Civil Veterinary Department. United Provinces 1912-22 - 1912-1922
Year: 1912
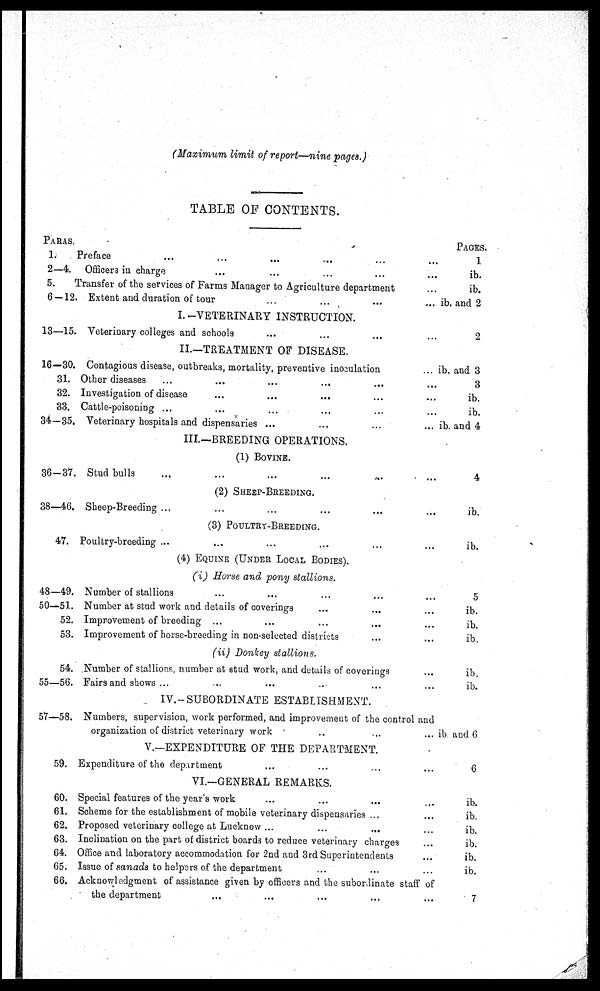
(Maximum limit of report—nine pages.)
TABLE OF CONTENTS.
PARAS.
1.
2—4.
5.
T
6 — 12.
13—15.
16—30.
31.
32.
33.
34—35.
36-37.
38—46.
47.
48—49.
50—51.
52.
53.
54.
55—56.
57—58.
59.
60.
61.
62.
63.
64.
65.
66.
Preface ... ... ... ... ... ...
Officers in charge ... ... ... ... ...
ransfer of the services of Farms Manager to Agriculture department ...
Extent and duration of tour ... ... ... ...
I. -VETERINARY INSTRUCTION.
Veterinary colleges and schools ... ... ... ...
II.—TREATMENT OF DISEASE.
Contagious disease, outbreaks, mortality, preventive inoculation ...
Other diseases ... ... ... ... ... ...
Investigation of disease ... ... ... ...
Cattle-poisoning ... ... ... ... ... ...
Veterinary hospitals and dispensaries ... ... ... ...
III.—BREEDING OPERATIONS.
(1)
BOVINE.
Stud bulls ... ... ... ... ... ...
(2) SHEEP-BREEDING.
Sheep-Breeding ... ... ... ... ... ...
(3)
POULTRY-BREEDING.
Poultry-breeding ... ... ... ... ... ...
(4) EQUINE (UNDER LOCAL BODIES).
(i) Horse and pony
stallions.
Number of stallions ... ... ... ... ...
Number at stud work and details of coverings ... ... ...
Improvement of breeding ... ... ... ... ...
Improvement of horse-breeding in non-selected districts ... ...
(ii) Donkey
stallions.
Number of stallions number at stud work, and details of coverings ...
Fairs and shows ... ... ... ... ... ...
IV.-SUBORDINATE ESTABLISHMENT.
Numbers, supervision, work performed, and improvement of the control and
organization of district veterinary work ... ... ...
V.—EXPENDITURE OF THE DEPARTMENT.
Expenditure of the department ... ... ... ...
VI.—GENERAL REMARKS.
Special features of the year's work ... ... ... ...
Scheme for the establishment of mobile veterinary dispensaries ... ...
Proposed veterinary college at Lucknow ... ... ... ...
Inclination on the part of district boards to reduce veterinary charges ...
Office and laboratory accommodation for 2nd and 3rd Superintendents ...
Issue of sanads to helpers of the department ... ... ...
Acknowledgment of assistance given by officers and the subordinate staff of
the department ... ... ... ... ...
PAGES.
1
ib.
ib.
ib. and 2
2
ib. and 3
3
ib.
ib.
ib. and 4
4
ib.
ib.
5
ib.
ib.
ib.
ib.
ib.
ib and 6
6
ib.
ib.
ib.
ib.
ib.
ib.
7